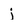
Character: j